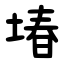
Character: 堾